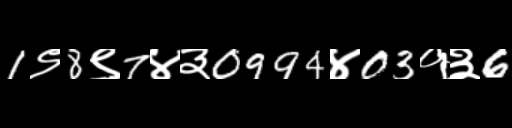
Text: 1९8९7४३0994४03१३6